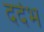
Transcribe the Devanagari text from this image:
दर्दभ